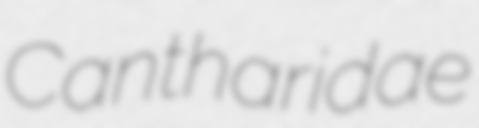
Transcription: Cantharidae